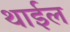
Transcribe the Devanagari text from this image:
थाईल